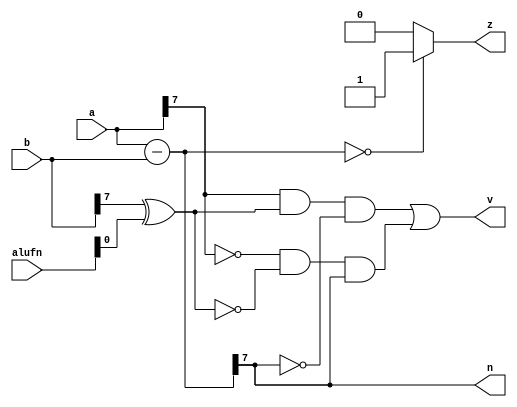
/*
   This file was generated automatically by the Mojo IDE version B1.3.5.
   Do not edit this file directly. Instead edit the original Lucid source.
   This is a temporary file and any changes made to it will be destroyed.
*/

module zvn_8 (
    input [5:0] alufn,
    input [7:0] a,
    input [7:0] b,
    output reg z,
    output reg v,
    output reg n
  );
  
  
  
  reg [7:0] sum;
  
  always @* begin
    sum = a - b;
    if (sum == 1'h0) begin
      z = 1'h1;
    end else begin
      z = 1'h0;
    end
    n = sum[7+0-:1];
    v = (a[7+0-:1] & (b[7+0-:1] ^ alufn[0+0-:1]) & ~sum[7+0-:1]) | (~a[7+0-:1] & ~(b[7+0-:1] ^ alufn[0+0-:1]) & sum[7+0-:1]);
  end
endmodule